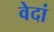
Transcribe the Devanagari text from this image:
वेदां